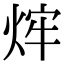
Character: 𤉍